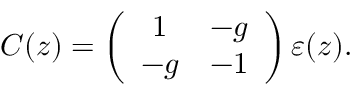
C ( z ) = \left( \begin{array} { c c } { { 1 } } & { { - g } } \\ { { - g } } & { { - 1 } } \end{array} \right) \varepsilon ( z ) .